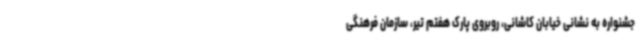
جشنواره به نشانی خیابان کاشانی، روبروی پارک هفتم تیر، سازمان فرهنگی